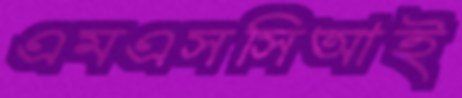
এমএসসিআই